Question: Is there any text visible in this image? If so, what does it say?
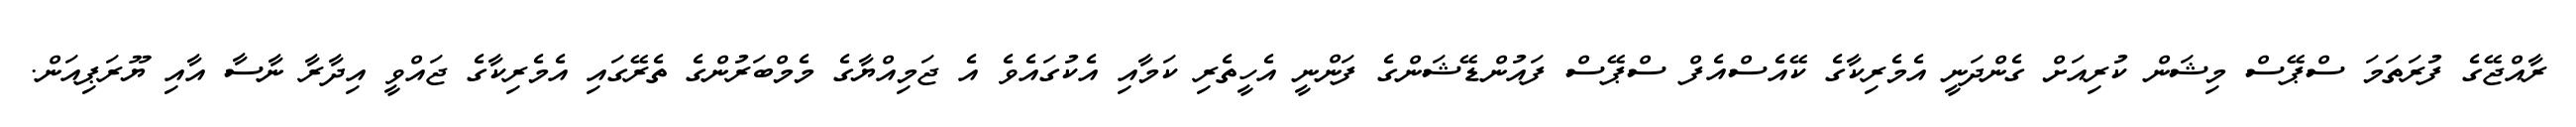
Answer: ރާއްޖޭގެ ފުރަތަމަ ސްޕޭސް މިޝަން ކުރިއަށް ގެންދަނީ އެމެރިކާގެ ކޭއެސްއެފް ސްޕޭސް ފައުންޑޭޝަންގެ ފަންނީ އެހީތެރި ކަމާއި އެކުގައެވެ އެ ޖަމިއްޔާގެ މެމްބަރުންގެ ތެރޭގައި އެމެރިކާގެ ޖައްވީ އިދާރާ ނާސާ އާއި ޔޫރަޕިއަން.